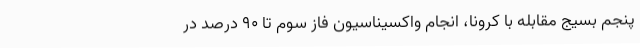
پنجم بسیج مقابله با کرونا، انجام واکسیناسیون فاز سوم تا ۹۰ درصد در